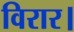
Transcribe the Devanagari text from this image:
विरार।